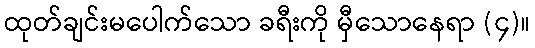
ထုတ်ချင်းမပေါက်သော ခရီးကို မှီသောနေရာ (၄)။